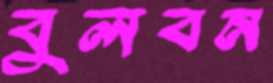
বুলবন